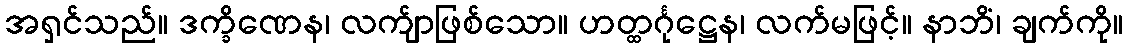
အရှင်သည်။ ဒက္ခိဏေန၊ လက်ျာဖြစ်သော။ ဟတ္ထင်္ဂုဋ္ဌေန၊ လက်မဖြင့်။ နာဘိံ၊ ချက်ကို။